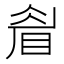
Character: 睂